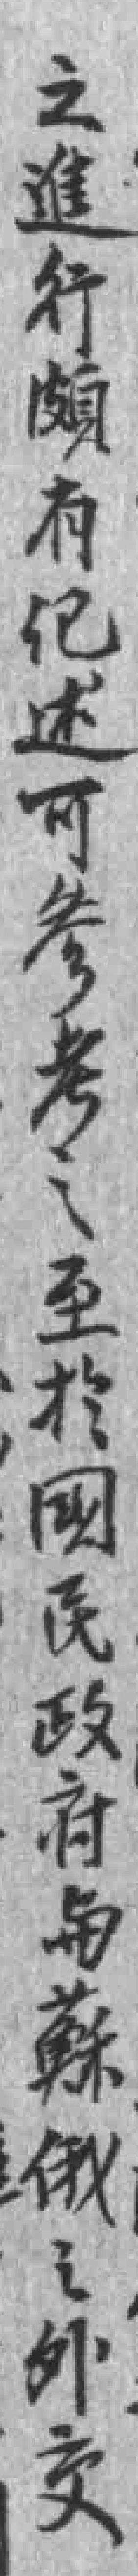
之進行頗有纪述可参考之至於國民政府与蘇俄外交